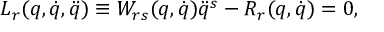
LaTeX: L _ { r } ( q , \dot { q } , \ddot { q } ) \equiv W _ { r s } ( q , \dot { q } ) \ddot { q } ^ { s } - R _ { r } ( q , \dot { q } ) = 0 ,